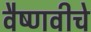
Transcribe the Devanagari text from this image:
वैष्णवीचे